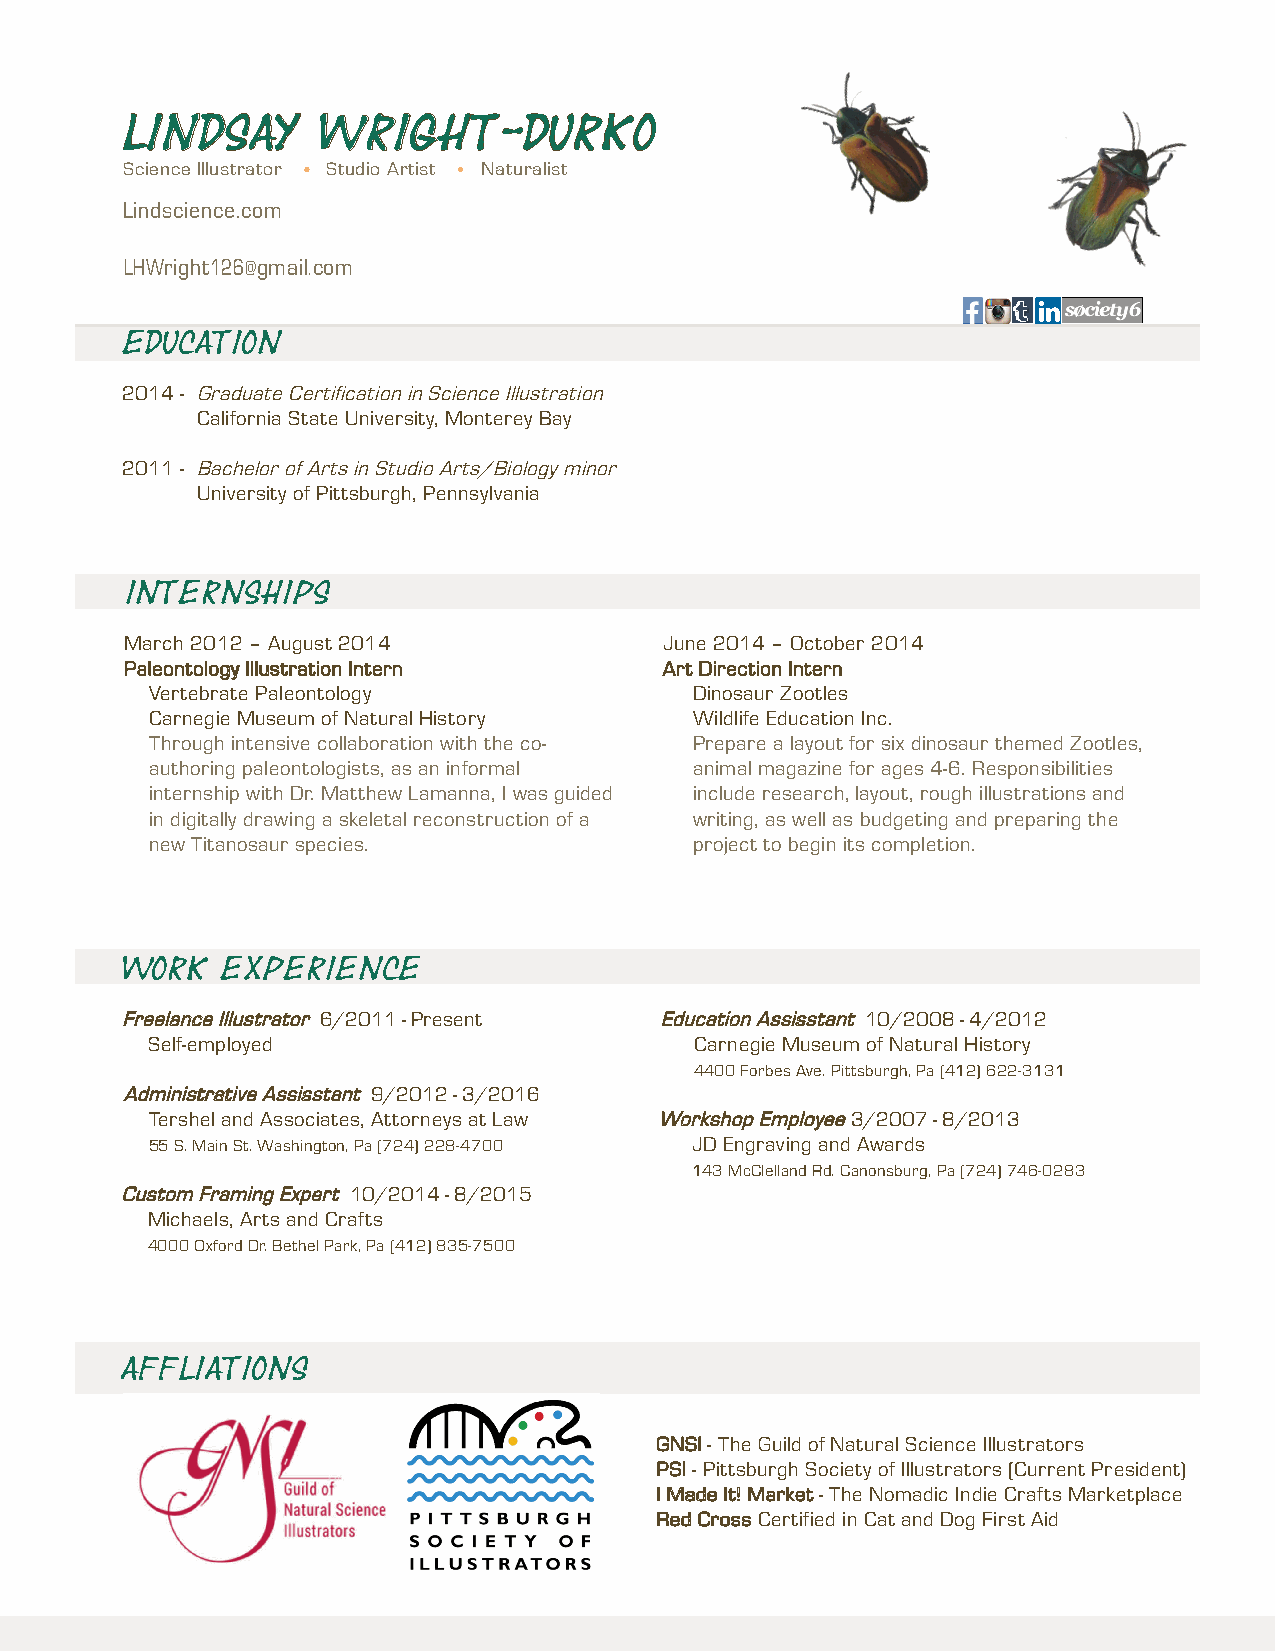
Lindsay      Wright-Durko
 Science Illustrator Studio Artist Naturalist
 Lindscience.com
 LHWright126@gmail.com
 Education
 2014 - Graduate Certification in Science Illustration
 California State University, Monterey Bay
 2011 - Bachelor of Arts in Studio Arts/Biology minor
 University of Pittsburgh, Pennsylvania
 Internships
 March 2012 – August 2014            June 2014 – October 2014
 Paleontology Illustration Intern    Art Direction Intern
 Vertebrate Paleontology             Dinosaur Zootles
 Carnegie Museum of Natural History  Wildlife Education Inc.
 Through intensive collaboration with the co- Prepare a layout for six dinosaur themed Zootles,
 authoring paleontologists, as an informal animal magazine for ages 4-6. Responsibilities
 internship with Dr. Matthew Lamanna, I was guided include research, layout, rough illustrations and
 in digitally drawing a skeletal reconstruction of a writing, as well as budgeting and preparing the
 new Titanosaur species.             project to begin its completion.
 Work   Experience
 Freelance Illustrator 6/2011 - Present Education Assisstant 10/2008 - 4/2012
 Self-employed                       Carnegie Museum of Natural History
 4400 Forbes Ave. Pittsburgh, Pa (412) 622-3131
 Administrative Assisstant 9/2012 - 3/2016
 Tershel and Associates, Attorneys at Law Workshop Employee 3/2007 - 8/2013
 55 S. Main St. Washington, Pa (724) 228-4700 JD Engraving and Awards
 143 McClelland Rd. Canonsburg, Pa (724) 746-0283
 Custom Framing Expert 10/2014 - 8/2015
 Michaels, Arts and Crafts
 4000 Oxford Dr. Bethel Park, Pa (412) 835-7500
 Affliations
 GNSI - The Guild of Natural Science Illustrators
 PSI - Pittsburgh Society of Illustrators (Current President)
 I Made It! Market - The Nomadic Indie Crafts Marketplace
 Red Cross Certified in Cat and Dog First Aid